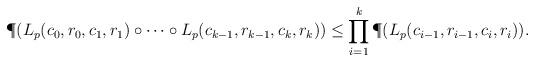
LaTeX: \begin{align*} \P(L_p(c_0,r_0,c_1,r_1) \circ \cdots \circ L_p(c_{k-1},r_{k-1},c_k,r_k)) \le \prod_{i=1}^k \P(L_p(c_{i-1},r_{i-1},c_i,r_i)).\end{align*}